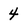
Character: 4